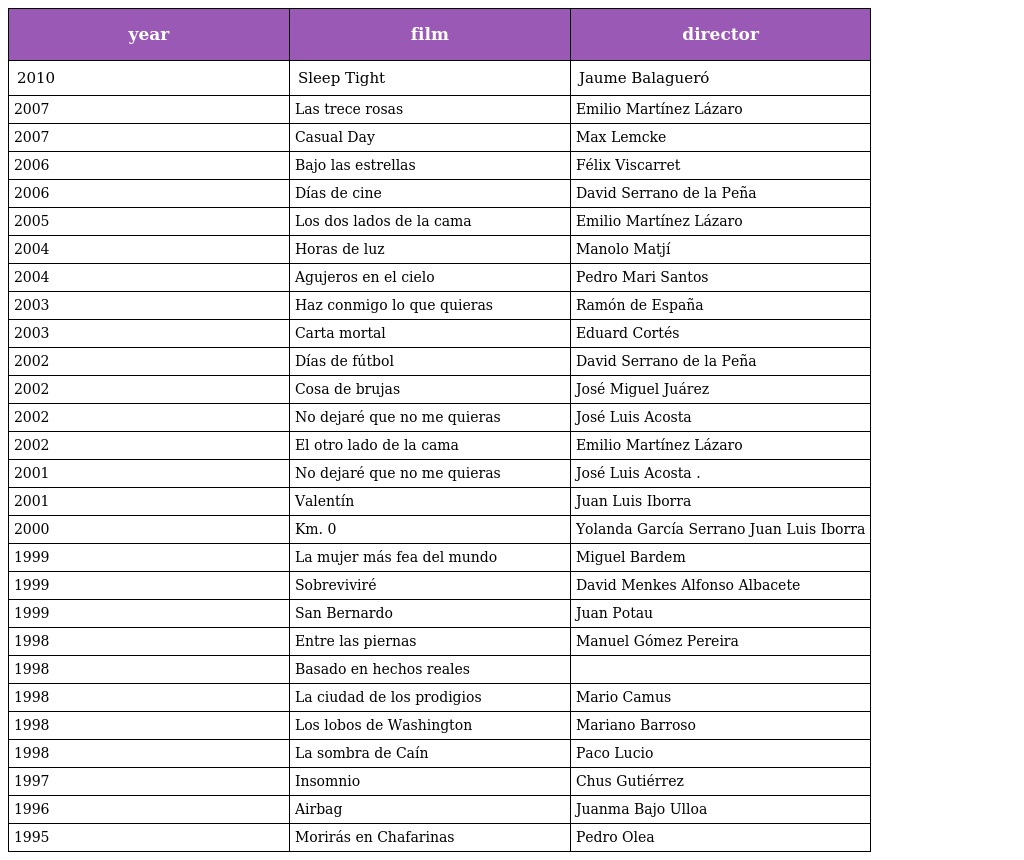
| year | film | director |
 | --- | --- | --- |
 | 2010 | Sleep Tight | Jaume Balagueró |
 | 2007 | Las trece rosas | Emilio Martínez Lázaro |
 | 2007 | Casual Day | Max Lemcke |
 | 2006 | Bajo las estrellas | Félix Viscarret |
 | 2006 | Días de cine | David Serrano de la Peña |
 | 2005 | Los dos lados de la cama | Emilio Martínez Lázaro |
 | 2004 | Horas de luz | Manolo Matjí |
 | 2004 | Agujeros en el cielo | Pedro Mari Santos |
 | 2003 | Haz conmigo lo que quieras | Ramón de España |
 | 2003 | Carta mortal | Eduard Cortés |
 | 2002 | Días de fútbol | David Serrano de la Peña |
 | 2002 | Cosa de brujas | José Miguel Juárez |
 | 2002 | No dejaré que no me quieras | José Luis Acosta |
 | 2002 | El otro lado de la cama | Emilio Martínez Lázaro |
 | 2001 | No dejaré que no me quieras | José Luis Acosta . |
 | 2001 | Valentín | Juan Luis Iborra |
 | 2000 | Km. 0 | Yolanda García Serrano Juan Luis Iborra |
 | 1999 | La mujer más fea del mundo | Miguel Bardem |
 | 1999 | Sobreviviré | David Menkes Alfonso Albacete |
 | 1999 | San Bernardo | Juan Potau |
 | 1998 | Entre las piernas | Manuel Gómez Pereira |
 | 1998 | Basado en hechos reales |  |
 | 1998 | La ciudad de los prodigios | Mario Camus |
 | 1998 | Los lobos de Washington | Mariano Barroso |
 | 1998 | La sombra de Caín | Paco Lucio |
 | 1997 | Insomnio | Chus Gutiérrez |
 | 1996 | Airbag | Juanma Bajo Ulloa |
 | 1995 | Morirás en Chafarinas | Pedro Olea |